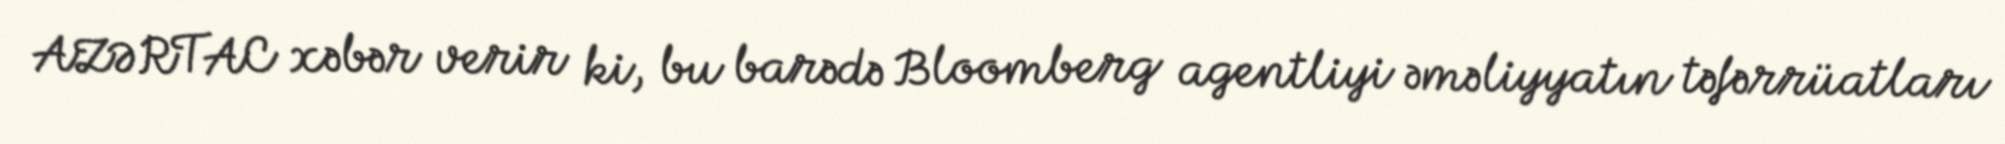
AZƏRTAC xəbər verir ki, bu barədə Bloomberg agentliyi əməliyyatın təfərrüatları